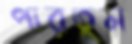
পারতুম